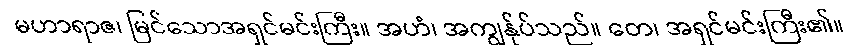
မဟာရာဇ၊ မြင်သောအရှင်မင်းကြီး။ အဟံ၊ အကျွန်ုပ်သည်။ တေ၊ အရှင်မင်းကြီး၏။